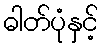
ဓါတ်ပုံနှင့်